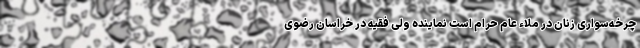
چرخه‌سواری زنان در ملاءِ عام حرام است نماینده ولی فقیه در خراسان رضوی